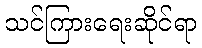
သင်ကြားရေးဆိုင်ရာ